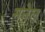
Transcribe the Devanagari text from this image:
मनेल